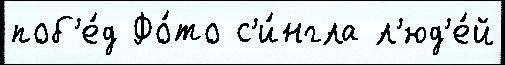
поб'е́д Фо́то с'и́нгла л'юд'е́й